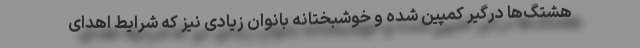
هشتگ‌ها درگیر کمپین شده و خوشبختانه بانوان زیادی نیز که شرایط اهدای